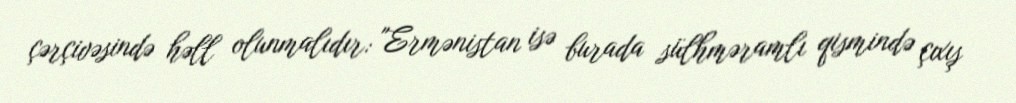
çərçivəsində həll olunmalıdır: "Ermənistan isə burada sülhməramlı qismində çıxış